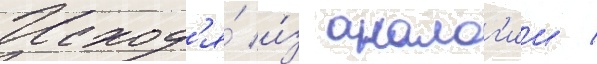
Исход'я́ и́з аналог'ии /